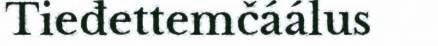
Tieđettemčáálus